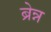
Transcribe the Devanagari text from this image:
ब्रेन्न